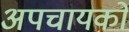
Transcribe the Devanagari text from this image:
अपचायकों